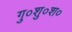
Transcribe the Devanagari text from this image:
गु०शु०श०